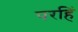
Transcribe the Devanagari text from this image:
परहिं